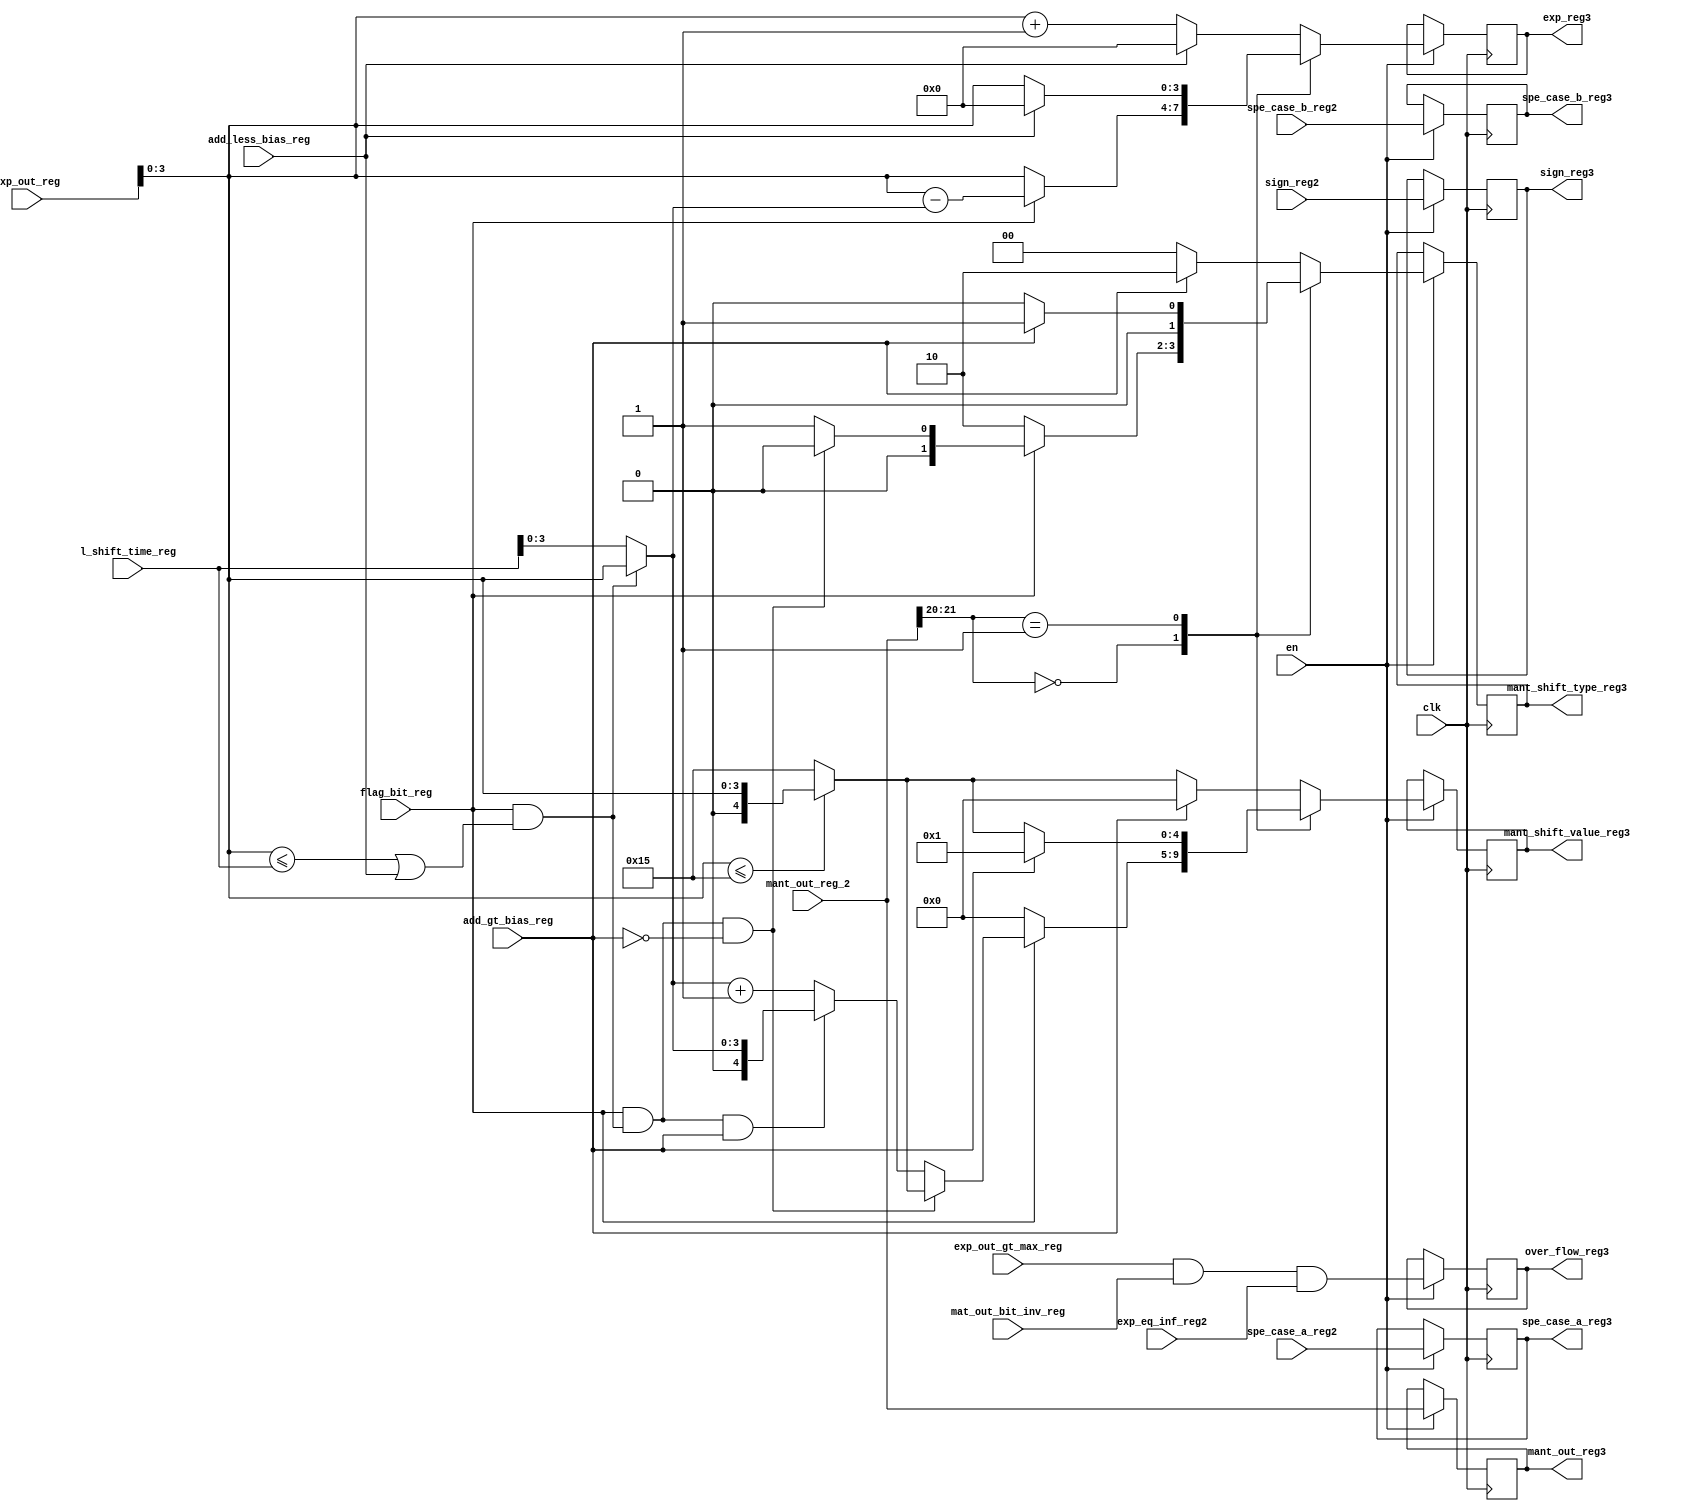
////////////////////////////////////////////////////////////////////////////////////////
// Project Code      : S_1006
// Project Name      : Floating Point IP Core
// Module Name       : Stage-3 Pipeline Floating point Multiplication
// Function          : control logic for shift type(left or right) & shift value
////////////////////////////////////////////////////////////////////////////////////////

module stage_3

#( parameter    DW       = 16,    
   parameter    EXP      = 4 ,    
   parameter    MANT     = 10,    
   parameter    CG_EN    = 0     
 )
 
(
  
        clk                   ,//system clock 
        en                    ,//Enable signal   
        flag_bit_reg          ,//flgbit register for mantissa shift 
        sign_reg2             ,//Sign bit register 
        l_shift_time_reg      ,//Leading Zero detection for Mantissa Booth multiplier output
        exp_out_reg           ,//Exponent register value
        exp_out_gt_max_reg    ,//To identify exponent value greater to 31 or not      
        add_less_bias_reg     ,//To identify exponent addition value Lesser to 15 or not      
        add_gt_bias_reg       ,//To identify exponent addition value greater to 15 or not 
        mat_out_bit_inv_reg   ,//To find shifting concept 
        mant_out_reg_2        ,//Mantissa Booth multiplier output 
        spe_case_a_reg2       ,//Special case identification for Nromalized,De-Normalized,Infinity,Zero or NAN
        spe_case_b_reg2       ,//Special case identification for Nromalized,De-Normalized,Infinity,Zero or NAN  
        exp_eq_inf_reg2       ,//To identify exponent value equal to 15 or not   
                              
 
        sign_reg3             ,//Sign bit register
        mant_out_reg3         ,//Mantissa Booth multiplier output 
        exp_reg3              ,//Exponent register value
        over_flow_reg3        ,//Overflow output     
        spe_case_a_reg3       ,//Special case identification for Nromalized,De-Normalized,Infinity,Zero or NAN
        spe_case_b_reg3       ,//Special case identification for Nromalized,De-Normalized,Infinity,Zero or NAN      
        mant_shift_type_reg3  ,//Shift type right or left shift
        mant_shift_value_reg3  //right or left shift value to shifting
);



/////////////////////////////////////////////////////////////////////////
//-------------Local Parameters--------------------------------------////
/////////////////////////////////////////////////////////////////////////  
  localparam MANT_IMP = MANT+1             ;
  localparam MANT_MUL = MANT_IMP+MANT_IMP  ;
  localparam MANT_MUL1 = MANT_MUL-1        ;
  
  function integer clog2;
    input integer MANT_MUL1;
      begin
        clog2 = 0;
        while (MANT_MUL1 > 0)
          begin
            MANT_MUL1    = MANT_MUL1 >> 1  ;
            clog2       = clog2 +1         ;
          end
       end
   endfunction//clog2
   
    localparam L_SHIFT      = clog2(MANT_MUL1-1)              ;
    localparam SHIFT      = ( (DW==16)? 5 : (DW==32)? 6 : 7 ) ;


  //----------------------------------------------------//
  //---------------Input Ports--------------------------//       
  //----------------------------------------------------//
  input wire                          clk                 ;//system clock 
  input wire                          en                  ;//Enable signal   
  input wire                          flag_bit_reg        ;//flgbit register for mantissa shift 
  input wire                          sign_reg2           ;//Sign bit register 
  input wire   [L_SHIFT-1    :0]      l_shift_time_reg    ;//Leading Zero detection for Mantissa Booth multiplier output
  input wire   [EXP          :0]      exp_out_reg         ;//Exponent register value
  input wire                          exp_out_gt_max_reg  ;//To identify exponent value greater to 31 or not      
  input wire                          add_less_bias_reg   ;//To identify exponent addition value Lesser to 15 or not      
  input wire                          add_gt_bias_reg     ;//To identify exponent addition value greater to 15 or not 
  input wire                          mat_out_bit_inv_reg ;//To find shifting concept 
  input wire   [MANT_MUL-1   :0]      mant_out_reg_2      ;//Mantissa Booth multiplier output 
  input wire   [2            :0]      spe_case_a_reg2     ;//Special case identification for Nromalized,De-Normalized,Infinity,Zero or NAN
  input wire   [2            :0]      spe_case_b_reg2     ;//Special case identification for Nromalized,De-Normalized,Infinity,Zero or NAN  
  input wire                          exp_eq_inf_reg2     ;//To identify exponent value equal to 15 or not   
  
  //-----------------------------------------------------//
  //------------------Output Ports-----------------------//       
  ///----------------------------------------------------//
  output reg                          sign_reg3             ;//Sign bit register
  output reg   [MANT_MUL-1   :0]      mant_out_reg3         ;//Mantissa Booth multiplier output 
  output reg   [EXP-1        :0]      exp_reg3              ;//Exponent register value
  output reg                          over_flow_reg3        ;//Overflow output     
  output reg   [2            :0]      spe_case_a_reg3       ;//Special case identification for Nromalized,De-Normalized,Infinity,Zero or NAN
  output reg   [2            :0]      spe_case_b_reg3       ;//Special case identification for Nromalized,De-Normalized,Infinity,Zero or NAN      
  output reg   [1            :0]      mant_shift_type_reg3  ;//Shift type right or left shift
  output reg   [SHIFT-1      :0]      mant_shift_value_reg3 ;//right or left shift value to shifting
  
  //-----------------------------------------------------//
  //----------Internal Wires-----------------------------//
  //-----------------------------------------------------// 
  
  wire  [EXP-1      :0]    shift_time         ; 
  wire  [EXP-1      :0]    w_exp_reg1         ;
  wire                     under_flow_bit     ; 
  wire                     over_flow_bit      ;
  wire  [SHIFT      :0]    right_shift_time   ; 
  wire                     right_shift_time1  ;
  wire                     left_shift_time1   ;
  wire                     add_reg_less_bias  ;
  
  reg   [EXP-1      :0]    exp_out_1          ; 
  reg   [1          :0]    mant_shift_type    ;
  reg   [SHIFT      :0]    mant_shift_value   ;   
  
  //-----------------------------------------------------------------------------------
  //---------------Pipeline Stage-3 function ------------------------------------------
  //-----------------------------------------------------------------------------------
  
  assign w_exp_reg1         = exp_out_reg[EXP-1 :0];
                                                                                                   
  //overflow concept                                                                               
  assign over_flow_bit      = exp_out_gt_max_reg & mat_out_bit_inv_reg & exp_eq_inf_reg2;   
                                                                                                   
  //underflow concept                                                                              
  assign under_flow_bit     = flag_bit_reg & ((w_exp_reg1<={l_shift_time_reg})| add_less_bias_reg );
                                                                                                   
  //left shift time                                                                                
  assign shift_time         = (under_flow_bit)?w_exp_reg1:{l_shift_time_reg};
                                                                                                   
  assign right_shift_time   = (w_exp_reg1 <= MANT_MUL1 )?w_exp_reg1[EXP-1:0]: MANT_MUL1;
                                                                                                   
  assign add_reg_less_bias  = (~add_gt_bias_reg);
                            
  //right shift time        
  assign right_shift_time1  = flag_bit_reg & under_flow_bit & add_reg_less_bias;
                            
  assign left_shift_time1   = flag_bit_reg & under_flow_bit & add_gt_bias_reg;
 
  //Mantissa & exponent left shift & right shift control logic
  /*
  when mant_out_reg_2[21:20] == "00" & Exponent value less than bias value , Mantissa Booth multiplier output must be right shift
  when mant_out_reg_2[21:20] == "00" & Exponent value greater than bias value , Mantissa Booth multiplier output must be left shift shift
  when mant_out_reg_2[21:20] other factors , Mantissa Booth multiplier output must be right shift.
  */

  always @(*)
    begin
      case(mant_out_reg_2[MANT_MUL1:MANT_MUL1-1])
       2'd0:
            begin
            mant_shift_type  = (!flag_bit_reg )?2'b10:((right_shift_time1)?2'b00:2'b01);                             
            mant_shift_value = ((!flag_bit_reg)     ?  {SHIFT{1'd0}}                                   :
			                   ((right_shift_time1) ?  right_shift_time                                : 
                               ((left_shift_time1)  ?  shift_time[EXP-1:0]                             :
							                           (shift_time[EXP-1:0] + ({EXP{1'd0}} + 1'd1 ))))); 
            exp_out_1        = (flag_bit_reg)       ?  (w_exp_reg1-shift_time)                         :
			                                           w_exp_reg1                                      ;                                                  
            end
       2'd1:
            begin
            mant_shift_type  = (add_reg_less_bias)  ?2'b00:2'b01;            
            mant_shift_value = (add_reg_less_bias)  ? right_shift_time          :  
			                                          ({EXP{1'd0}} + 1'd1)      ;  
            exp_out_1        = (add_less_bias_reg)  ? {EXP{1'd0}}:w_exp_reg1    ;
            end
       default:
            begin
            mant_shift_type  = (add_reg_less_bias)?2'b00:2'b10;             
            mant_shift_value = (add_reg_less_bias)? right_shift_time              :  
			                                      {EXP{1'd0}}                     ; 
            exp_out_1        = (add_less_bias_reg)? {EXP{1'd0}}                   :
			                                      w_exp_reg1+({EXP{1'd0}}+1'd1)   ;            
            end  
      endcase
    end 
  
  //stage-3 output register
generate
  if(CG_EN)
    begin
      always @(posedge clk)     
        begin                 
          sign_reg3             <= sign_reg2              ;
          mant_out_reg3         <= mant_out_reg_2         ;
          exp_reg3              <= exp_out_1              ;
          over_flow_reg3        <= over_flow_bit          ;
          spe_case_a_reg3       <= spe_case_a_reg2        ;
          spe_case_b_reg3       <= spe_case_b_reg2        ; 
          mant_shift_type_reg3  <= mant_shift_type        ;
          mant_shift_value_reg3 <= mant_shift_value       ;
        end
    end
  else
    begin
      always @(posedge clk)   
        if(en)
          begin                 
            sign_reg3             <= sign_reg2              ;
            mant_out_reg3         <= mant_out_reg_2         ;
            exp_reg3              <= exp_out_1              ;
            over_flow_reg3        <= over_flow_bit          ;
            spe_case_a_reg3       <= spe_case_a_reg2        ;
            spe_case_b_reg3       <= spe_case_b_reg2        ; 
            mant_shift_type_reg3  <= mant_shift_type        ;
            mant_shift_value_reg3 <= mant_shift_value       ;
          end
    end
endgenerate
    
endmodule